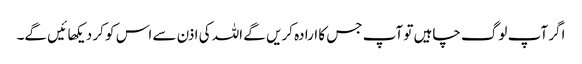
اگر آپ لوگ چاہیں تو آپ جس کا ارادہ کریں گے اللہ کی اذن سے اس کو کر دیکهائیں گے۔